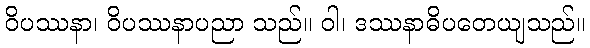
ဝိပဿနာ၊ ဝိပဿနာပညာ သည်။ ဝါ၊ ဒဿနာဓိပတေယျသည်။